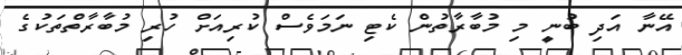
އޭނާ އަދި ބުނީ މި މުބާރާތުން ކެޓި ނަމަވެސް ކުރިއަށް ހުރި މުބާރާތްތަކުގެ